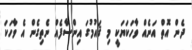
ދެން އޮތް އަނެއް ވާހަކަޔަކީ މި ޤައުމުގަ އިންސާފެއް ނެތިގެން އެ ވާހަކަ